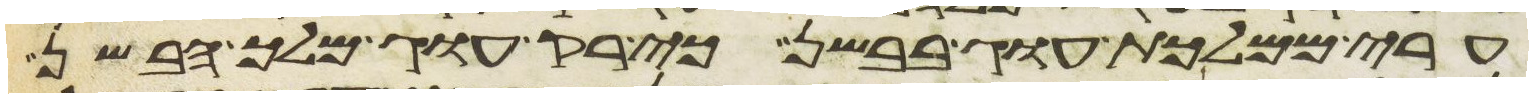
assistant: ערי ממלכת עוג בבשן כי רק עוג מלך הבשן